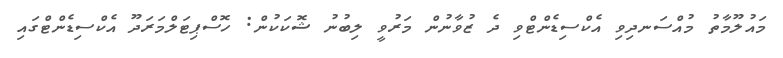
މައުލޫމާތު މުއްސަނދިވި އެކްސިޑެންޓްވި ދެ ޒުވާނުން މަރުވީ ލިބުނު ޝޮކަކުން: ހޮސްޕިޓަލްމަރަދޫ އެކްސިޑެންޓްގައި